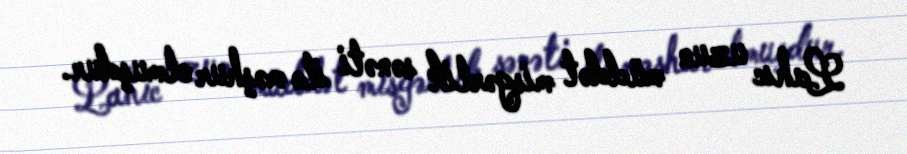
Lahıc uzun müddət misgərlik sənəti ilə məşhur olmuşdur.